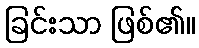
ခြင်းသာ ဖြစ်၏။